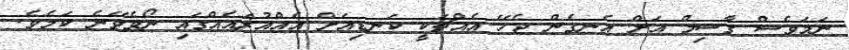
ނަމަވެސް ގާސިމް އަށް އެނގެން ޖެހޭ އެއްޗަކީ ކަނޑިއަށް އެއްއުރައެއްގައި ނޯވެވޭނެ ކަމެވެ.